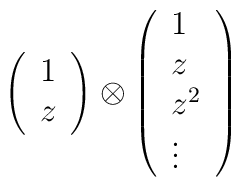
\left(        \begin{array}{c}                        1 \\ z        \end{array}        \right)        \otimes        \left(        \begin{array}{l}                        1 \\ z \\ z^2 \\ \vdots        \end{array}        \right)